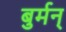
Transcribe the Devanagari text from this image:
बुर्मन्